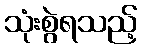
သုံးစွဲရသည့်